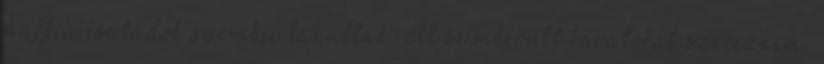
maffia családok gyerekei tanultak. Itt se sikerült barátokat szereznem,